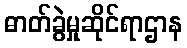
ဓာတ်ခွဲမှုဆိုင်ရာဌာန